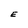
Character: E